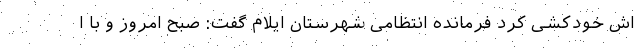
اش خودکشی کرد فرمانده انتظامی شهرستان ایلام گفت: صبح امروز و با ا